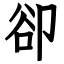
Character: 卻